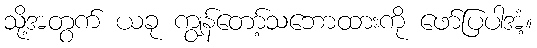
သို့အတွက် ယခု ကျွန်တော့်သဘောထားကို ဖော်ပြပါအံ့။